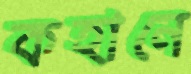
কহানে